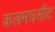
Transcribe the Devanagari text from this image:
कलमघसीट